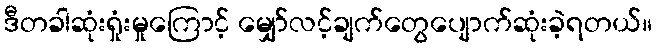
ဒီတခါဆုံးရှုံးမှုကြောင့် မျှော်လင့်ချက်တွေပျောက်ဆုံးခဲ့ရတယ်။